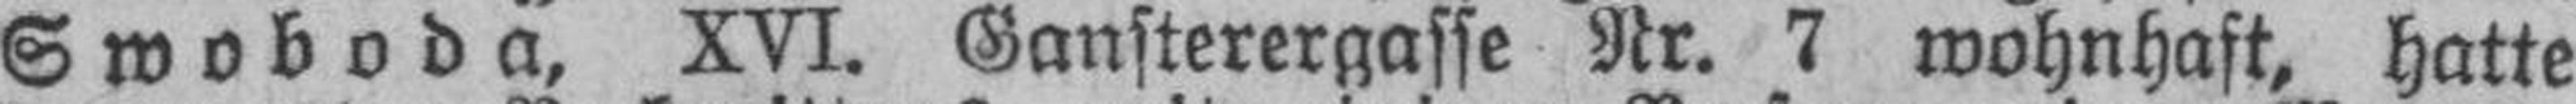
Swoboda, XVI. Gansterergasse Nr. 7 wohnhaft, hatte